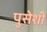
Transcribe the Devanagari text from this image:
पुसेशी